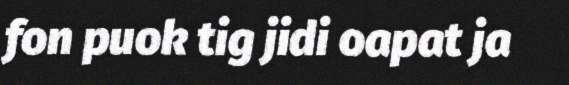
fon puok tig jidi oapat ja